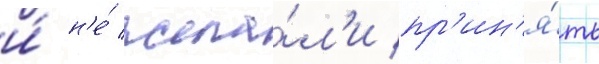
и́ н'е́ жела́л'и пр'ин'я́ть